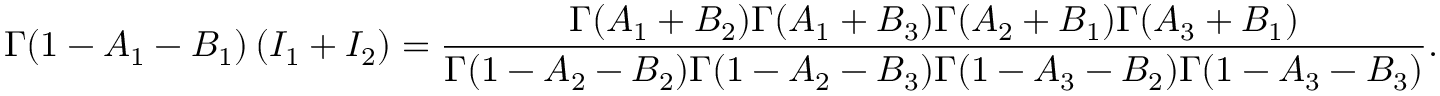
\Gamma ( 1 - A _ { 1 } - B _ { 1 } ) \, ( I _ { 1 } + I _ { 2 } ) = \frac { \Gamma ( A _ { 1 } + B _ { 2 } ) \Gamma ( A _ { 1 } + B _ { 3 } ) \Gamma ( A _ { 2 } + B _ { 1 } ) \Gamma ( A _ { 3 } + B _ { 1 } ) } { \Gamma ( 1 - A _ { 2 } - B _ { 2 } ) \Gamma ( 1 - A _ { 2 } - B _ { 3 } ) \Gamma ( 1 - A _ { 3 } - B _ { 2 } ) \Gamma ( 1 - A _ { 3 } - B _ { 3 } ) } .